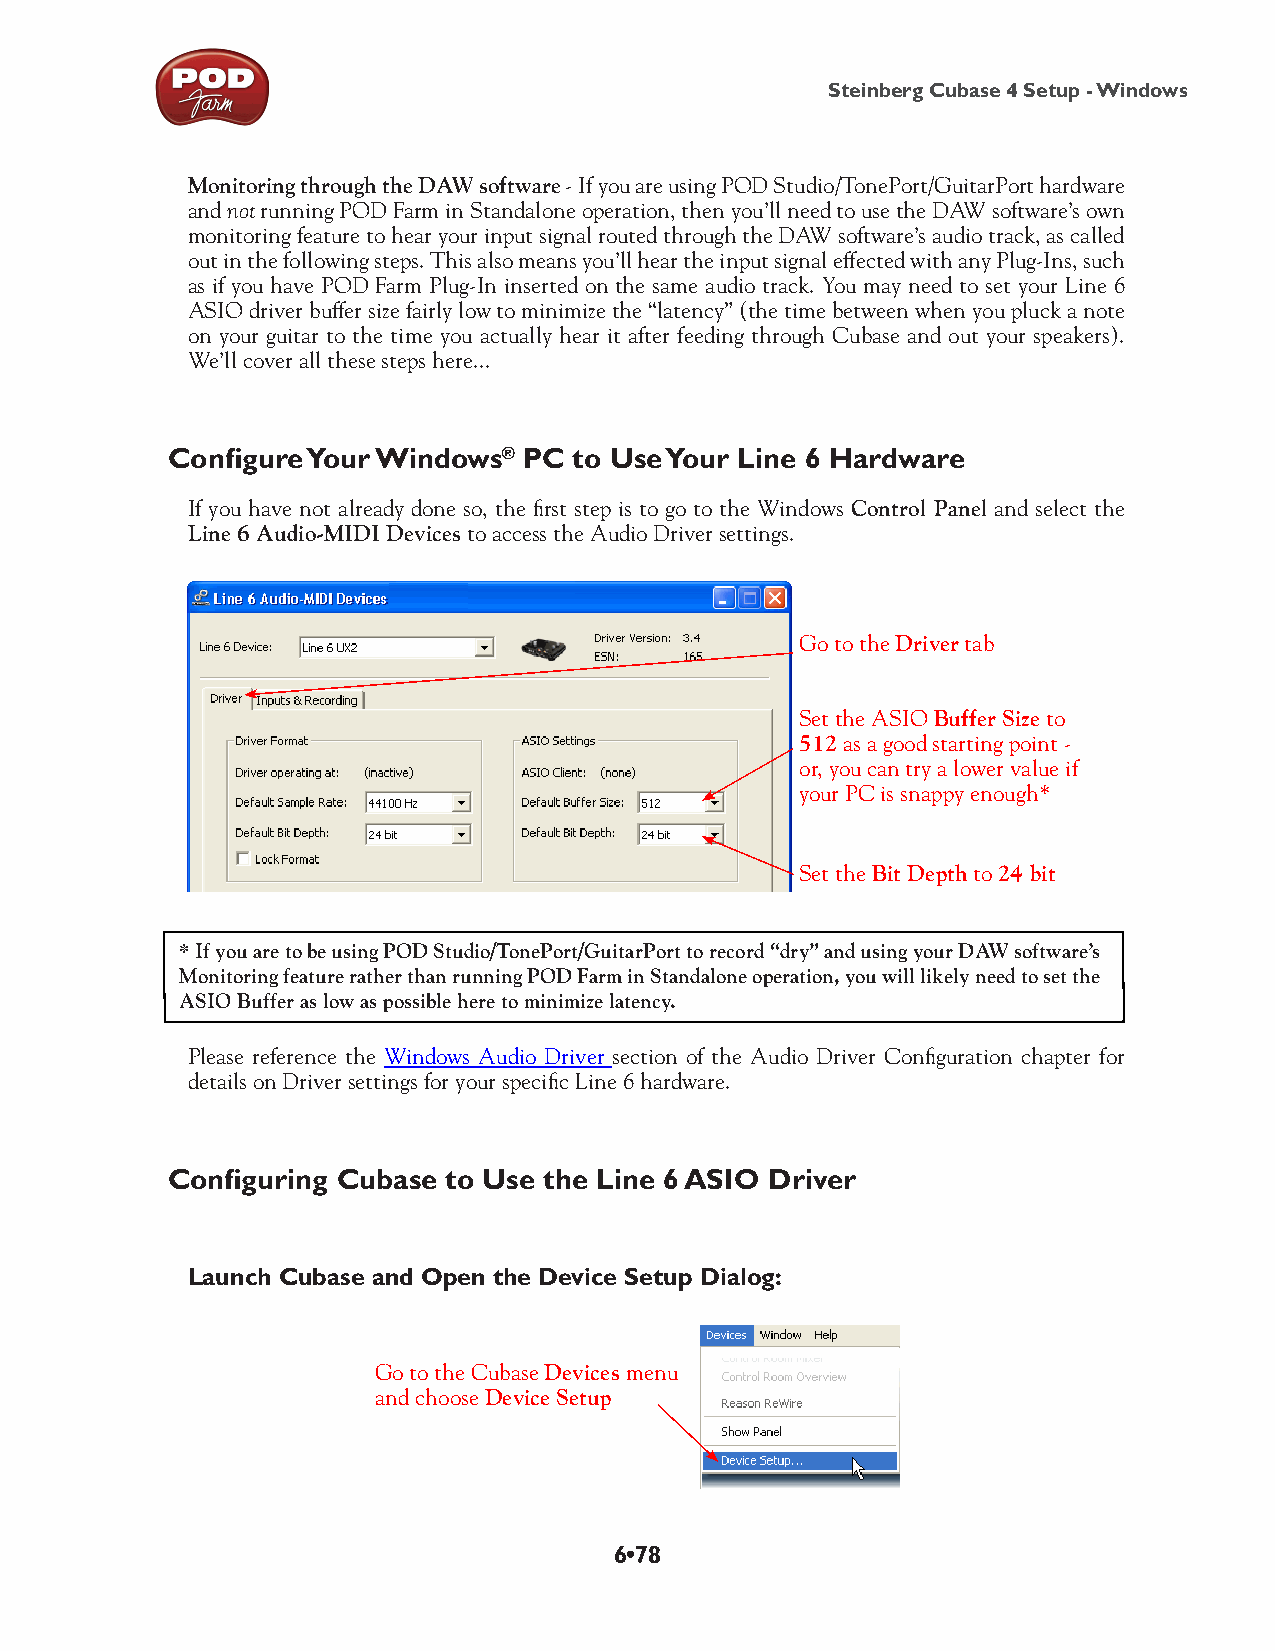
Steinberg Cubase 4 Setup - Windows
 Monitoring through the DAW software - If you are using POD Studio/TonePort/GuitarPort hardware
 and not running POD Farm in Standalone operation, then you’ll need to use the DAW software’s own
 monitoring feature to hear your input signal routed through the DAW software’s audio track, as called
 out in the following steps. This also means you’ll hear the input signal effected with any Plug-Ins, such
 as if you have POD Farm Plug-In inserted on the same audio track. You may need to set your Line 6
 ASIO driver buffer size fairly low to minimize the “latency” (the time between when you pluck a note
 on your guitar to the time you actually hear it after feeding through Cubase and out your speakers).
 We’ll cover all these steps here...
 Configure Your Windows® PC to Use Your Line 6 Hardware
 If you have not already done so, the first step is to go to the Windows Control Panel and select the
 Line 6 Audio-MIDI Devices to access the Audio Driver settings.
 Go to the Driver tab
 Set the ASIO Buffer Size to
 512 as a good starting point -
 or, you can try a lower value if
 your PC is snappy enough*
 Set the Bit Depth to 24 bit
 * If you are to be using POD Studio/TonePort/GuitarPort to record “dry” and using your DAW software’s
 Monitoring feature rather than running POD Farm in Standalone operation, you will likely need to set the
 ASIO Buffer as low as possible here to minimize latency.
 Please reference the Windows Audio Driver section of the Audio Driver Configuration chapter for
 details on Driver settings for your specific Line 6 hardware.
 Configuring Cubase to Use the Line 6 ASIO Driver
 Launch Cubase and Open the Device Setup Dialog:
 Go to the Cubase Devices menu
 and choose Device Setup
 6•78